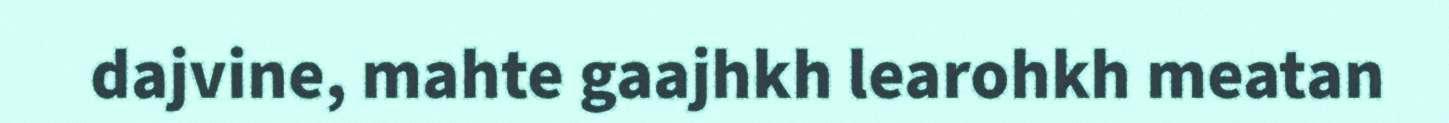
dajvine, mahte gaajhkh learohkh meatan